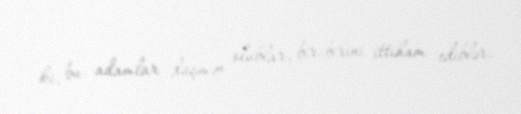
ki, bu adamlar düşmən olublar, bir-birini ittiham ediblər.